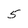
Character: 5